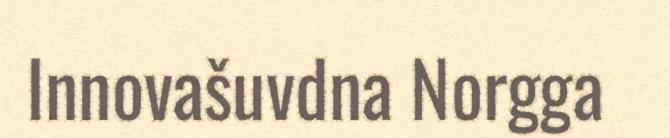
Innovašuvdna Norgga